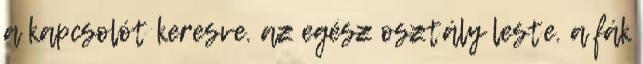
a kapcsolót keresve. az egész osztály leste. a fák